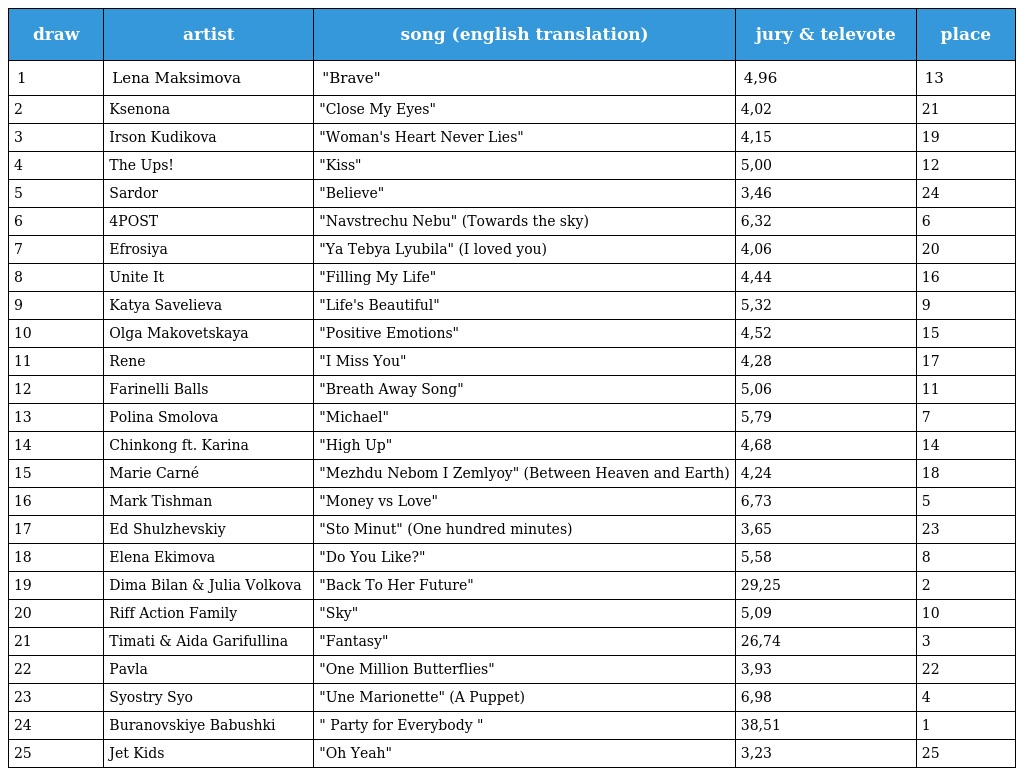
| draw | artist | song (english translation) | jury & televote | place |
 | --- | --- | --- | --- | --- |
 | 1 | Lena Maksimova | "Brave" | 4,96 | 13 |
 | 2 | Ksenona | "Close My Eyes" | 4,02 | 21 |
 | 3 | Irson Kudikova | "Woman's Heart Never Lies" | 4,15 | 19 |
 | 4 | The Ups! | "Kiss" | 5,00 | 12 |
 | 5 | Sardor | "Believe" | 3,46 | 24 |
 | 6 | 4POST | "Navstrechu Nebu" (Towards the sky) | 6,32 | 6 |
 | 7 | Efrosiya | "Ya Tebya Lyubila" (I loved you) | 4,06 | 20 |
 | 8 | Unite It | "Filling My Life" | 4,44 | 16 |
 | 9 | Katya Savelieva | "Life's Beautiful" | 5,32 | 9 |
 | 10 | Olga Makovetskaya | "Positive Emotions" | 4,52 | 15 |
 | 11 | Rene | "I Miss You" | 4,28 | 17 |
 | 12 | Farinelli Balls | "Breath Away Song" | 5,06 | 11 |
 | 13 | Polina Smolova | "Michael" | 5,79 | 7 |
 | 14 | Chinkong ft. Karina | "High Up" | 4,68 | 14 |
 | 15 | Marie Carné | "Mezhdu Nebom I Zemlyoy" (Between Heaven and Earth) | 4,24 | 18 |
 | 16 | Mark Tishman | "Money vs Love" | 6,73 | 5 |
 | 17 | Ed Shulzhevskiy | "Sto Minut" (One hundred minutes) | 3,65 | 23 |
 | 18 | Elena Ekimova | "Do You Like?" | 5,58 | 8 |
 | 19 | Dima Bilan & Julia Volkova | "Back To Her Future" | 29,25 | 2 |
 | 20 | Riff Action Family | "Sky" | 5,09 | 10 |
 | 21 | Timati & Aida Garifullina | "Fantasy" | 26,74 | 3 |
 | 22 | Pavla | "One Million Butterflies" | 3,93 | 22 |
 | 23 | Syostry Syo | "Une Marionette" (A Puppet) | 6,98 | 4 |
 | 24 | Buranovskiye Babushki | " Party for Everybody " | 38,51 | 1 |
 | 25 | Jet Kids | "Oh Yeah" | 3,23 | 25 |